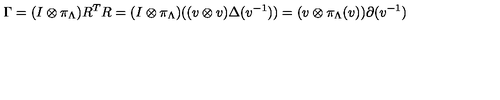
\Gamma = ( I \otimes \pi _ { \Lambda } ) R ^ { T } R = ( I \otimes \pi _ { \Lambda } ) ( ( v \otimes v ) \Delta ( v ^ { - 1 } ) ) = ( v \otimes \pi _ { \Lambda } ( v ) ) \partial ( v ^ { - 1 } )